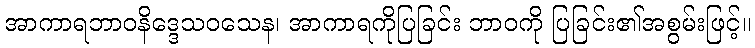
အာကာရဘာဝနိဒ္ဒေသဝသေန၊ အာကာရကိုပြခြင်း ဘာဝကို ပြခြင်း၏အစွမ်းဖြင့်။